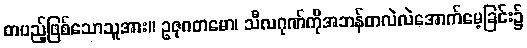
တပည့်ဖြစ်သောသူအား။ ဥဇုဂတမော၊ သီလဂုဏ်ကိုအဘန်တလဲလဲအောက်မေ့ခြင်း၌